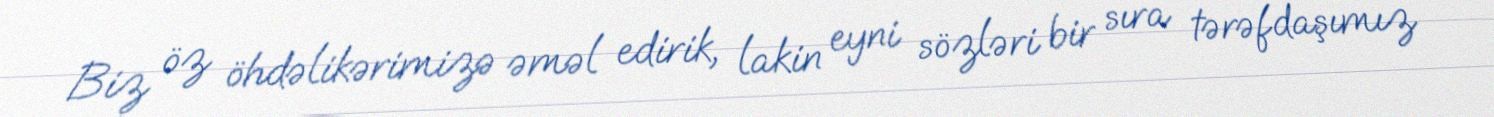
Biz öz öhdəlikərimizə əməl edirik, lakin eyni sözləri bir sıra tərəfdaşımız